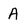
Character: A